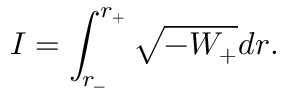
I = \int _ { r _ { - } } ^ { r _ { + } } \sqrt { - W _ { + } } d r .